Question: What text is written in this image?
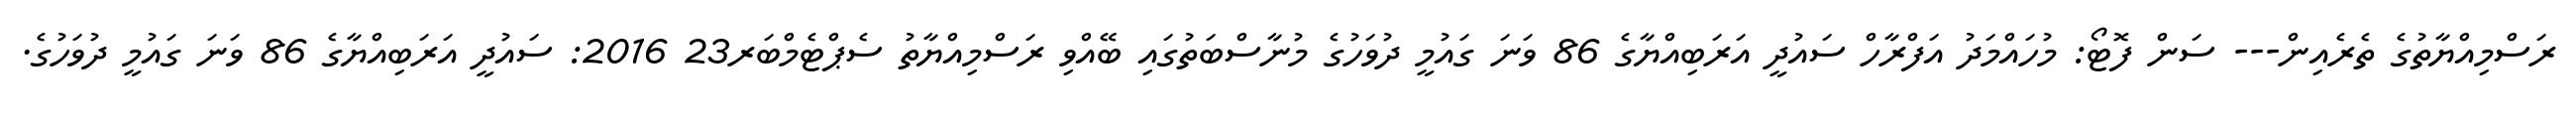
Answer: ރަސްމިއްޔާތުގެ ތެރެއިން--- ސަން ފޮޓޯ: މުހައްމަދު އަފްރާހް ސައުދީ އަރަބިއްޔާގެ 86 ވަނަ ގައުމީ ދުވަހުގެ މުނާސްބަތުގައި ބޭއްވި ރަސްމިއްޔާތު ސެޕްޓެމްބަރ23 2016: ސައުދީ އަރަބިއްޔާގެ 86 ވަނަ ގައުމީ ދުވަހުގެ.